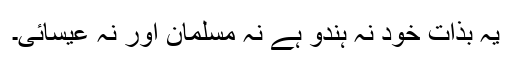
یہ بذات خود نہ ہندو ہے نہ مسلمان اور نہ عیسائی۔